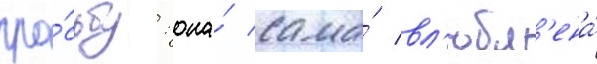
про́сьбу: она́ сама́ вл'юбл'ена́